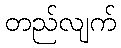
တည်လျက်